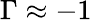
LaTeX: \Gamma\approx-1